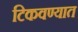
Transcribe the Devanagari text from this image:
टिकवण्यात